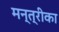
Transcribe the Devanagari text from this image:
मन्त्रीका